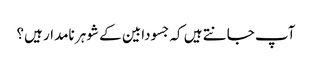
آپ جانتے ہیں کہ جسودابین کے شوہر نامدار ہیں؟